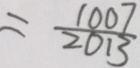
= \frac { 1 0 0 7 } { 2 0 1 3 }